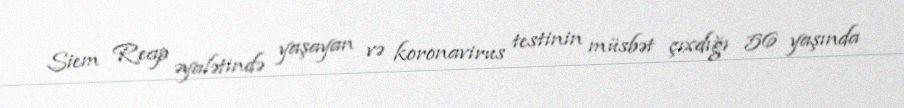
Siem Reap əyalətində yaşayan və koronavirus testinin müsbət çıxdığı 56 yaşında